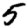
Digit: 5